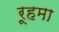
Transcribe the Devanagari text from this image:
रूहमा